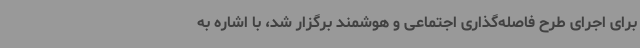
برای اجرای طرح فاصله‌گذاری اجتماعی و هوشمند برگزار شد، با اشاره به